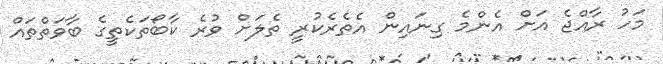
މަހު ރާއްޖެ އަށް އެންމެ ގިނައިން އެތެރެކުރީ ތެލަށް ވުރެ ކާބޯތަކެތީގެ ބާވަތްތައް